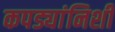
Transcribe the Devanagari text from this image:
कपड्यांनिशी